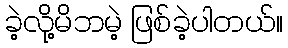
ခဲ့လို့မိဘမဲ့ ဖြစ်ခဲ့ပါတယ်။